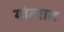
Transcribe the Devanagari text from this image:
गोत्यात